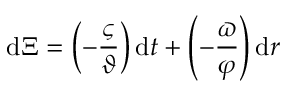
\mathrm { d } \Xi = \left( - \frac { \varsigma } { \vartheta } \right) \mathrm { d } t + \left( - \frac { \varpi } { \varphi } \right) \mathrm { d } r